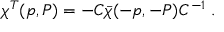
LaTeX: \chi ^ { T } ( p , P ) = - C \bar { \chi } ( - p , - P ) C ^ { - 1 } \; .